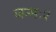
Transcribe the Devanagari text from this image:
जन्मः१